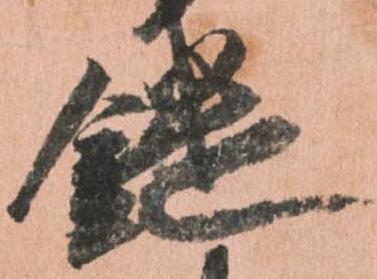
鑓